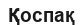
Қоспақ